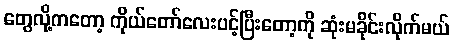
တွေလို့ကတော့ ကိုယ်တော်လေးပင့်ပြီးတော့ကို ဆုံးမခိုင်းလိုက်မယ်